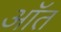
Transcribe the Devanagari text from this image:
ऑत